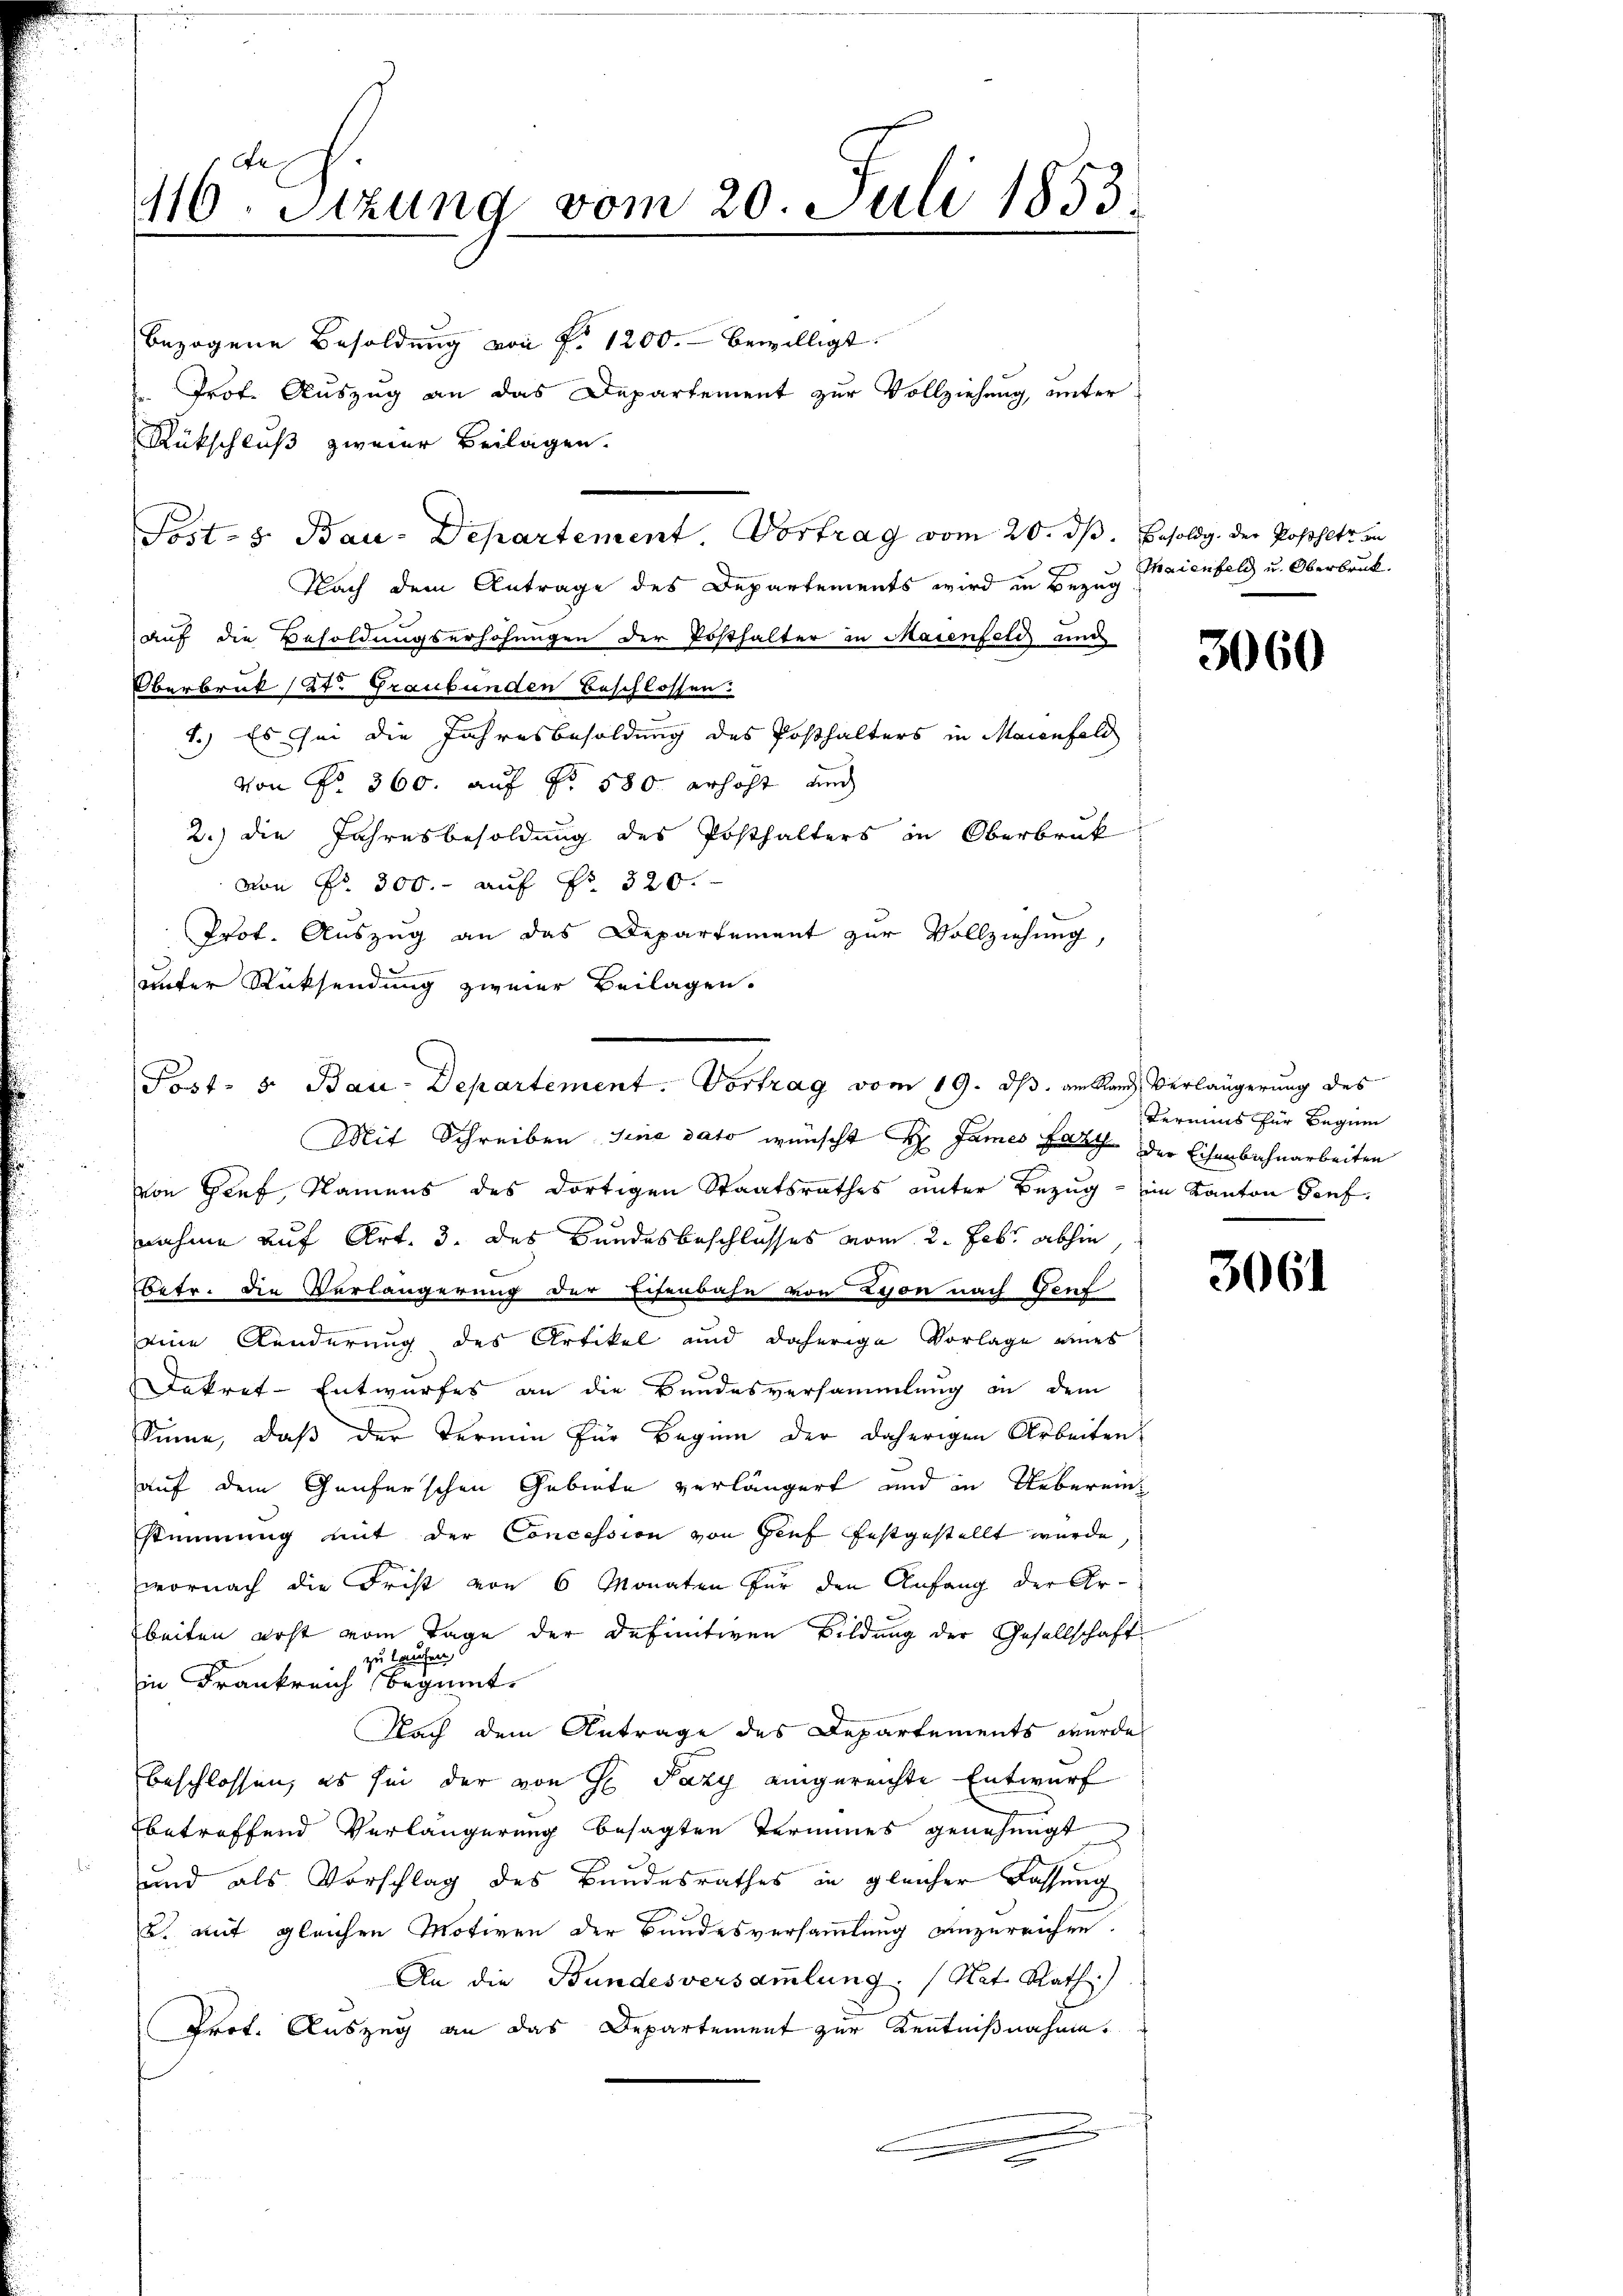
416. Stzung vom 20. Juli 1853.

bezogene Besoldung von f. 1200. bewilligt.
 Prof. Auszug an das Departement zur Vollziehung, unter
Rükschluß zweier Beilagen.
Nach dem Antrage des Departements wird in Bezug
auf die Besoldungserhöhungen der Posthalter in Maienfeld und
Oberbruk Cat. Graubünden Beschlossen.
1.) Es sei die Jahresbesoldung des Posthalters in Maienfeld
von No 360. auf No 580 erhöht und
2.) die Jahresbesoldung des Posthalters in Oberbruk
von Nr. 300.- auf Fr. 320.
Prot. Auszug an das Departement zur Vollziehung,
unter Rücksendung zweier Beilagen.
Mit Schreiben sine dato wünscht H James fach der Eisenbahnarbeiten
von Graf, Namens des dortigen Staatsrathes unter Bezug - im Kanton Genf,
nahme auf Art. 3. des Bundesbeschlusses vom 2. Febr. abhin
Betr. die Verlängerung der Eisenbahn von Lyon nach Vent
eine Kinderung des Artikel und daherige Vorlage eines
Dekret-Entwurfes an die Bundesversammlung in dem
Sinne, daβ der Termin für Beginn der daherigen Arbeiten
auf dem Genferschen Gebiete verlängert und in Uebereinstimmung mit der Concession von Genf festgestellt wurde,
wornach die Frist von 6 Monaten für den Anfang der Arbeiten erst vom Tage der Definitiven Bildung der Gesellschaft
zu laufen
in Frankreich beginnt.
Nach dem Antrage des Departements wurde
beschlossen, es sei der von H Pazy eingereichte Entwurf
betreffend Verlängerung besagten Termines genehmigt
und als Vorschlag des Bundesrathes in gleicher Fassung
u. mit gleichen Motiven der Bundesversammlung anzureichen.
An die Bundesversammlung. (Nat. Rath
Prof. Auszug an das Departement zur Kentnißnahme.

Post- u. Bau-Departement Vortrag vom 20. dß. Besoldg. Der Posthett in

Post- 5. Bau-Departement. Vortrag vom 19. ds. am Rand Verlängerung des

Thaienfeld u. Oberbruk.

3060

Termins für Beginn

3061